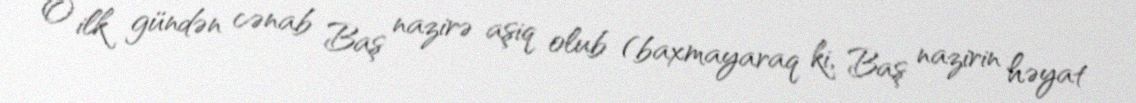
O ilk gündən cənab Baş nazirə aşiq olub (baxmayaraq ki, Baş nazirin həyat